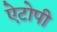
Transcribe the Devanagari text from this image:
ऐटोपी